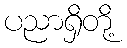
ပညာရှိတို့